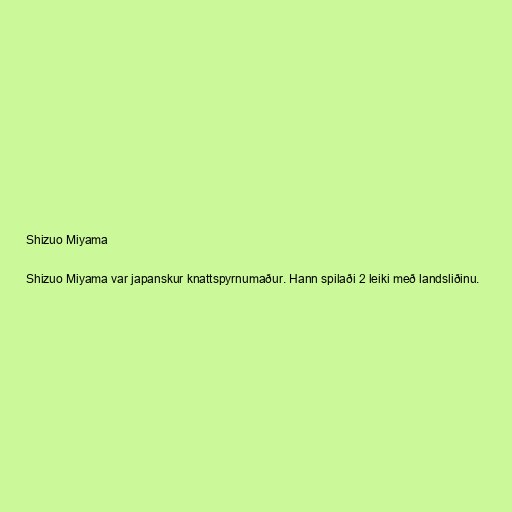
Shizuo Miyama

Shizuo Miyama var japanskur knattspyrnumaður. Hann spilaði 2 leiki með landsliðinu.